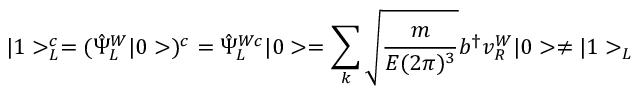
| 1 > _ { L } ^ { c } = ( \hat { \Psi } _ { L } ^ { W } | 0 > ) ^ { c } = \hat { \Psi } _ { L } ^ { W c } | 0 > = \sum _ { k } \sqrt { \frac { m } { E ( 2 \pi ) ^ { 3 } } } b ^ { \dagger } v _ { R } ^ { W } | 0 > \neq | 1 > _ { L }